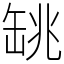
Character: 罀